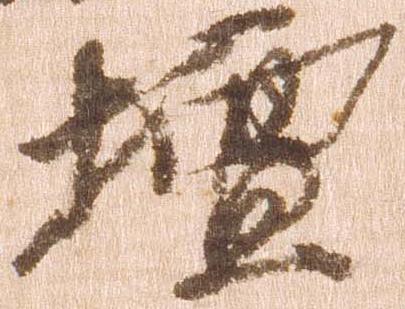
壇